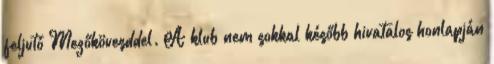
feljutó Mezőkövesddel. A klub nem sokkal később hivatalos honlapján